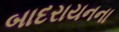
બાદરાયનના